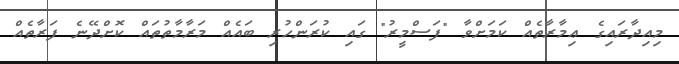
މިއިދާރައިގެ ޢިމާރާތެއް ކަމަށްވާ "ފަސްމީރު" ގައި ކުރަންހުރި ބައެއް މަރާމާތުތައް ކޮށްދޭނެ ފަރާތެއް